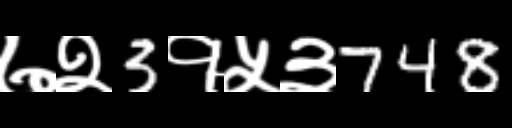
Text: ७२3१५३748